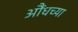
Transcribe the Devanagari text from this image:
औंधच्या